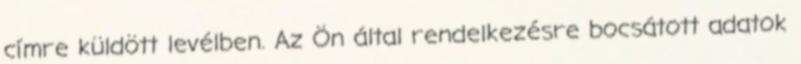
címre küldött levélben. Az Ön által rendelkezésre bocsátott adatok